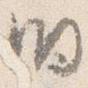
明